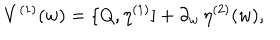
V ^ { ( 1 ) } ( w ) = \{ Q , \eta ^ { ( 1 ) } ] + \partial _ { w } \, \eta ^ { ( 2 ) } ( w ) ,